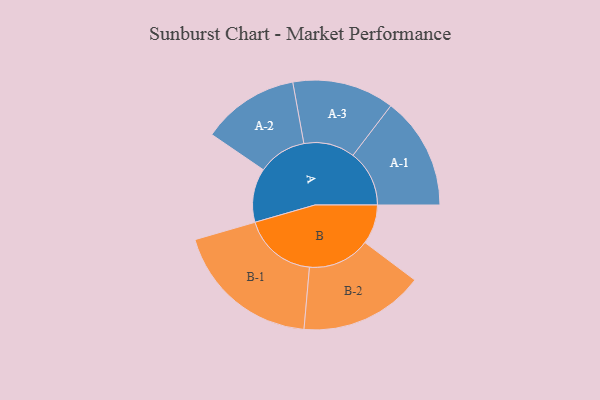
{"axis": {"x": "Segment", "y": "Value"}, "legend": ["", "A", "B"], "data": [{"x": "A", "y": 202, "type": ""}, {"x": "B", "y": 148, "type": ""}, {"x": "A-1", "y": 211, "type": "A"}, {"x": "A-2", "y": 182, "type": "A"}, {"x": "A-3", "y": 191, "type": "A"}, {"x": "B-1", "y": 276, "type": "B"}, {"x": "B-2", "y": 233, "type": "B"}]}